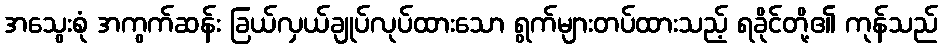
အသွေးစုံ အကွက်ဆန်း ခြယ်လှယ်ချုပ်လုပ်ထားသော ရွက်များတပ်ထားသည့် ရခိုင်တို့၏ ကုန်သည်